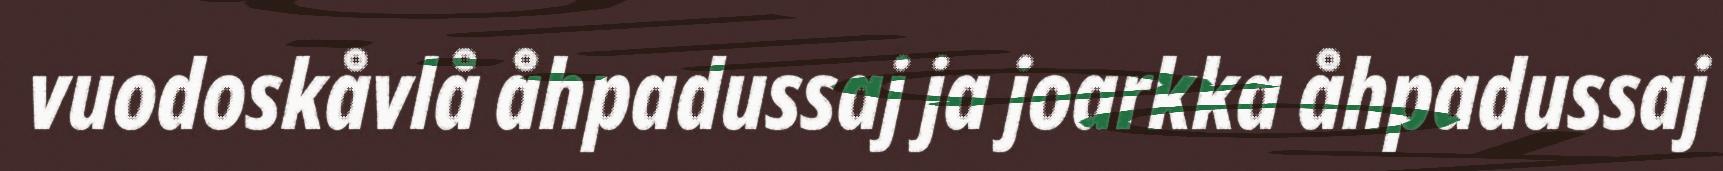
vuodoskåvlå åhpadussaj ja joarkka åhpadussaj